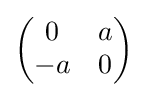
{\begin{pmatrix}0&a\\-a&0\end{pmatrix}}